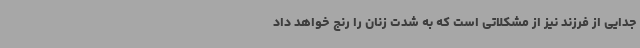
جدایی از فرزند نیز از مشکلاتی است که به شدت زنان را رنج خواهد داد